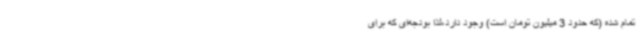
تمام شده (که حدود 3 میلیون تومان است) وجود دارد،لذا بودجه‌ای که برای